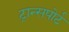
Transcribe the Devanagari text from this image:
ट्रान्‍सपोर्ट